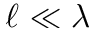
\ell \ll \lambda